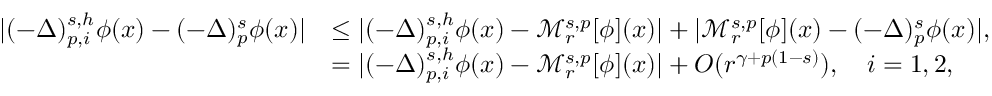
\begin{array} { r l } { | ( - \Delta ) _ { p , i } ^ { s , h } \phi ( x ) - ( - \Delta ) _ { p } ^ { s } \phi ( x ) | } & { \leq | ( - \Delta ) _ { p , i } ^ { s , h } \phi ( x ) - \mathcal { M } _ { r } ^ { s , p } [ \phi ] ( x ) | + | \mathcal { M } _ { r } ^ { s , p } [ \phi ] ( x ) - ( - \Delta ) _ { p } ^ { s } \phi ( x ) | , } \\ & { = | ( - \Delta ) _ { p , i } ^ { s , h } \phi ( x ) - \mathcal { M } _ { r } ^ { s , p } [ \phi ] ( x ) | + O ( r ^ { \gamma + p ( 1 - s ) } ) , \quad i = 1 , 2 , } \end{array}